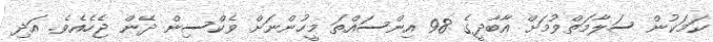
ކަމަކުން ސަލާމަތްވުމަށް އާބާދީގެ 98 އިންސައްތަ މީހުންނަށް ވެކްސިން ދޭން ޖެހެއެވެ. އަދި